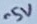
Text: -5V